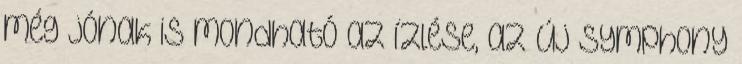
még jónak is mondható az í­zlése, az új Symphony